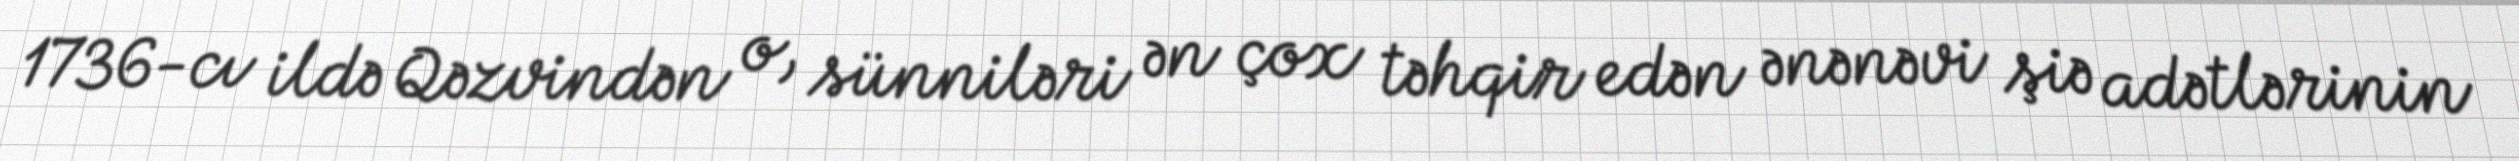
1736-cı ildə Qəzvindən o, sünniləri ən çox təhqir edən ənənəvi şiə adətlərinin